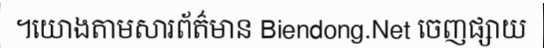
។យោងតាមសារព័ត៌មាន Biendong.Net ចេញផ្សាយ